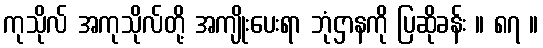
ကုသိုလ် အကုသိုလ်တို့ အကျိုးပေးရာ ဘုံဌာနကို ပြဆိုခန်း ။ ၈၇ ။